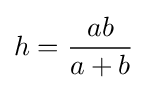
h={\frac {ab}{a+b}}